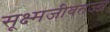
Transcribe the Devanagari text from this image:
सूक्ष्मजीवतज्ज्ञ